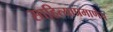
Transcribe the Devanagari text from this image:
साहित्याप्रमाणेच